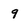
Character: 9